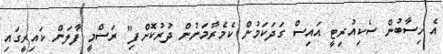
އެ ހިސާބުން ސެކިއުރިޓީ އައިސް ގަދަކަމުން ކެމެރާމަނުން ދުރުކޮށްފި" ރަސްމީ ފާލަން ކައިރީގައި